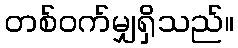
တစ်ဝက်မျှရှိသည်။